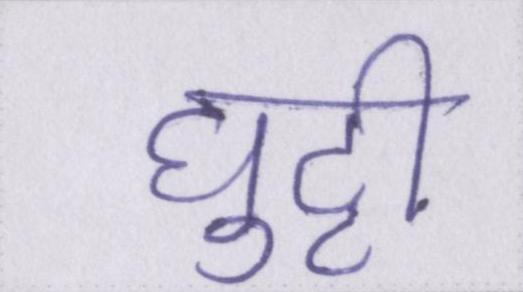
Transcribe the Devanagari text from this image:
घुट्टी